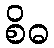
စိဓ